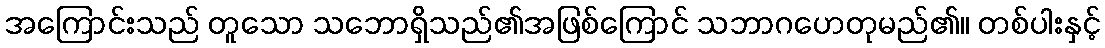
အကြောင်းသည် တူသော သဘောရှိသည်၏အဖြစ်ကြောင် သဘာဂဟေတုမည်၏။ တစ်ပါးနှင့်